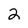
Character: 2